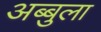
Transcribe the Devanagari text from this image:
अब्बुला